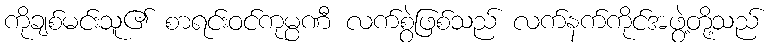
ကိုချစ်မင်းသူ၏ စာရင်းဝင်ကုမ္ပဏီ လက်စွဲဖြစ်သည် လက်နက်ကိုင်အဖွဲ့တို့သည်